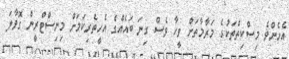
އެހެންވެ މިސްކިތްތަކުގެ މަރާމާތަށް ވީހާ ވެސް ގިނަ ބައެއްގެ އެހީތެރިކަމަށް މިނިސްޓްރީން ގޮވާލަ